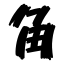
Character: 角